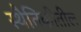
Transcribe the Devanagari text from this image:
स्थैतिकीतील